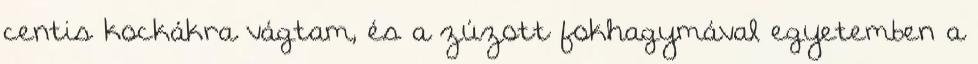
centis kockákra vágtam, és a zúzott fokhagymával egyetemben a